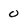
Character: 0